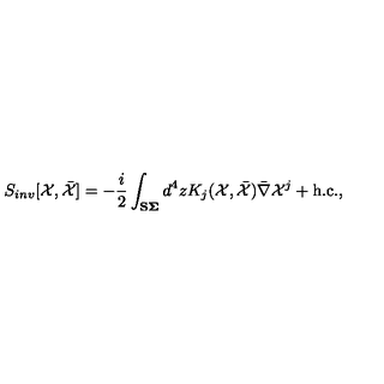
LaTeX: S _ { i n v } [ { \cal X } , \bar { { \cal X } } ] = - { \frac { i } { 2 } } \int _ { \bf { S \Sigma } } d ^ { 4 } z K _ { j } ( { \cal X } , \bar { { \cal X } } ) \bar { \nabla } { \cal X } ^ { j } + \mathrm { h . c . } ,